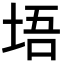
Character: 𪣔